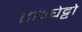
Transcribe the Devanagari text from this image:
टान्घेट्टो